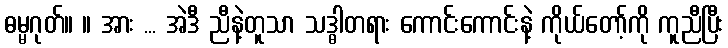
ဓမ္မဂုတ်။ ။ အား ... အဲဒီ ညီနဲ့တူသာ သဒ္ဓါတရား ကောင်းကောင်းနဲ့ ကိုယ်တော့်ကို ကူညီပြီး